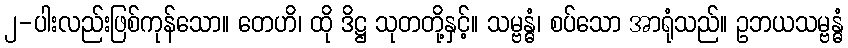
၂-ပါးလည်းဖြစ်ကုန်သော။ တေဟိ၊ ထို ဒိဋ္ဌ သုတတို့နှင့်။ သမ္ဗန္ဓံ၊ စပ်သော အာရုံသည်။ ဥဘယသမ္ဗန္ဓံ